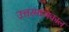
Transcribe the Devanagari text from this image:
उत्तरमध्यकाल